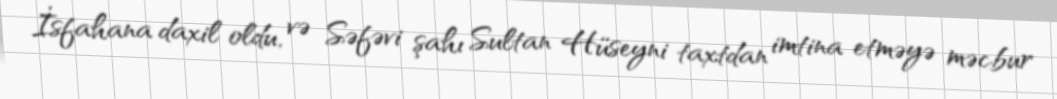
İsfahana daxil oldu, və Səfəvi şahı Sultan Hüseyni taxtdan imtina etməyə məcbur